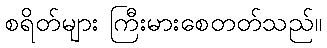
စရိတ်များ ကြီးမားစေတတ်သည်။